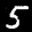
Label: 5